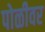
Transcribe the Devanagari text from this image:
पोळीवर